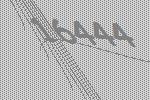
16444